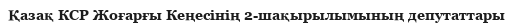
Қазақ КСР Жоғарғы Кеңесінің 2-шақырылымының депутаттары